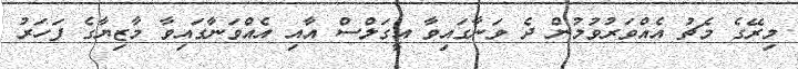
މިރޭގެ މެޗު އެއްވަރުވުމުން ދެ ވަނާގައިވާ އީގަލްސް އާއި އެއްވަނާގައިވާ މާޒިޔާގެ ފަހަރު